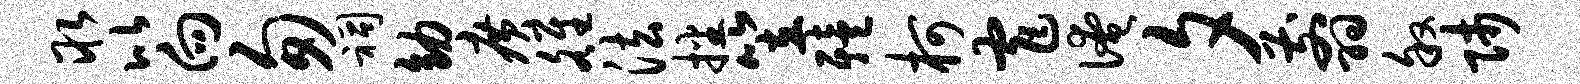
取比向匆祠幼广雒法播笠殪柯窄淹夕翦叙师